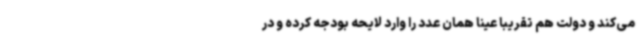
می‌کند و دولت هم تقریبا عینا همان عدد را وارد لایحه بودجه کرده و در